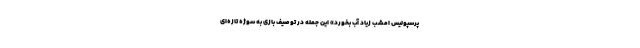
پرسپولیس امشب زیاد آب بخورد» این جمله در توصیف بازی به سوژه تازه‌ای